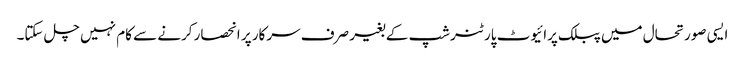
ایسی صورتحال میں پبلک پرائیوٹ پارٹنرشپ کے بغیر صرف سرکار پر انحصار کرنے سے کام نہیں چل سکتا۔